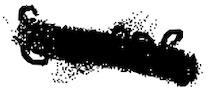
Text: same
Cross-out: cross
Writing tool: digital_black